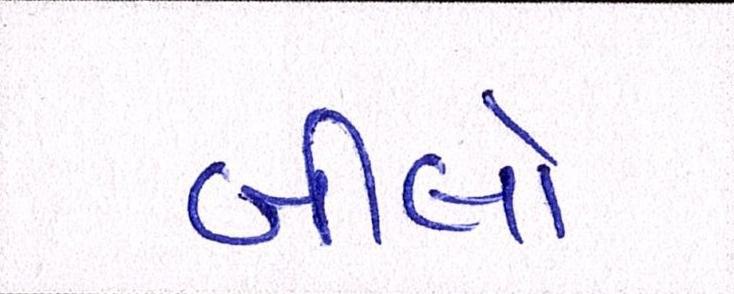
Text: બીલો